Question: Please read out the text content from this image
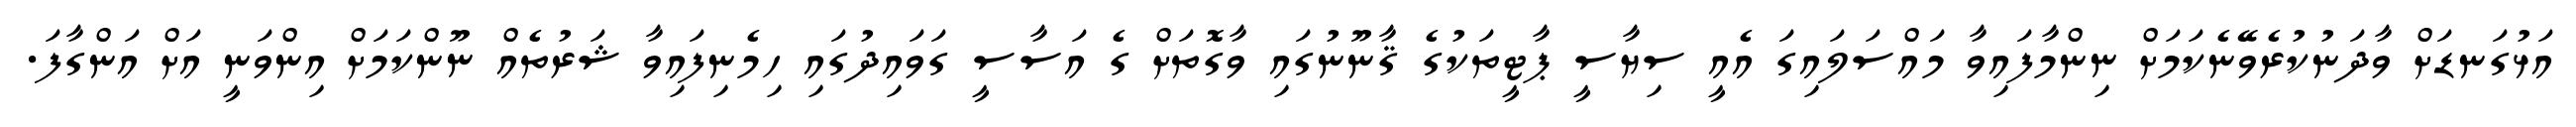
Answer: އަޅުގަނޑަށް ވާދަނުކުރެވޭނެކަމަށް ނިންމާފައިވާ މައްސަލައިގަ އެއީ ސިޔާސީ ޕާޓީތަކުގެ ޤާނޫނުގައި ވާގޮތަށް ގެ އަސާސީ ގަވައިދުގައި ހިމެނިފައިވާ ޝަރުތެއް ނޫންކަމަށް އިންވަނީ އަށް އަންގާފަ.